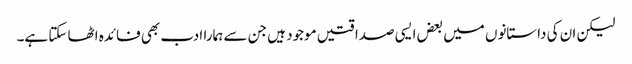
لیکن ان کی داستانوں میں بعض ایسی صداقتیں موجود ہیں جن سے ہمارا ادب بھی فائدہ اٹھا سکتا ہے۔